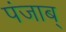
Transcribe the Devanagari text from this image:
पंजाब्